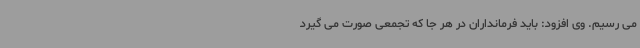
می رسیم. وی افزود: باید فرمانداران در هر جا که تجمعی صورت می گیرد